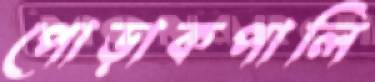
পোড়াকপালি